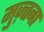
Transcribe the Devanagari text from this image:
मुज़्तबा